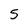
Character: 5